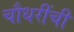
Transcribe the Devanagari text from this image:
चौधरींची